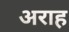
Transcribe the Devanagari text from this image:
अराह